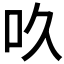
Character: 𠮻